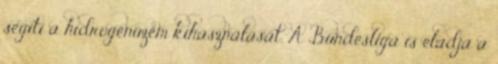
segíti a hidrogénüzem kihasználását. A Bundesliga is eladja a